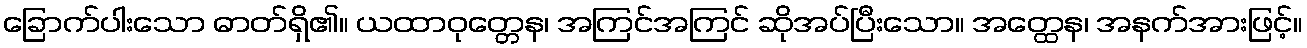
ခြောက်ပါးသော ဓာတ်ရှိ၏။ ယထာဝုတ္တေန၊ အကြင်အကြင် ဆိုအပ်ပြီးသော။ အတ္ထေန၊ အနက်အားဖြင့်။